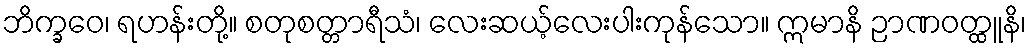
ဘိက္ခဝေ၊ ရဟန်းတို့။ စတုစတ္တာရီသံ၊ လေးဆယ့်လေးပါးကုန်သော။ ဣမာနိ ဉာဏဝတ္ထူနိ၊